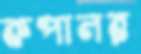
কপালর